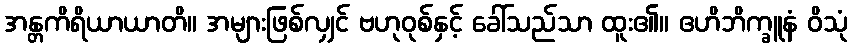
အန္တကိရိယာယာတိ။ အများဖြစ်လျှင် ဗဟုဝုစ်နှင့် ခေါ်သည်သာ ထူး၏။ ဧဟိဘိက္ခူနံ ဝိသုံ